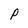
Character: P